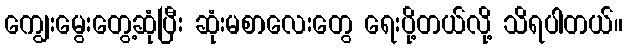
ကျွေးမွေးတွေ့ဆုံပြီး ဆုံးမစာလေးတွေ ရေးပို့တယ်လို့ သိရပါတယ်။